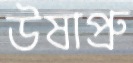
উষাপ্রু